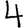
Digit: 4